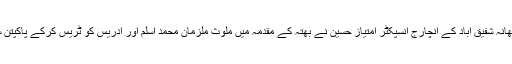
انہوں نے کہا کہ تھانہ شفیق آباد کے انچارج انسپکٹر امتیاز حسین نے بھتہ کے مقدمہ میں ملوث ملزمان محمد اسلم اور ادریس کو ٹریس کرکے پاکپتن سے گرفتار کر لیا۔